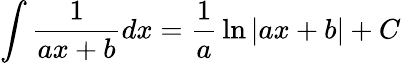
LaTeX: \int{\frac{1}{ax+b}}dx={\frac{1}{a}}\ln\left|ax+b\right|+C